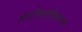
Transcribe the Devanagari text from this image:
अंतर्विश्वविद्यालय